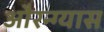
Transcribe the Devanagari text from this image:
औरन्ग्यास